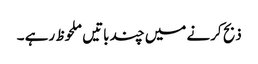
ذبح کرنے میں چند باتیں ملحوظ رہے ۔